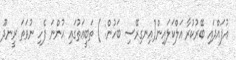
އުފައްދައި ބޭރުކުރާ އަލްކަލައިން(އިނގިރޭސި ބަހުން: ) ތަބީޢަތުގައި ހުންނަ ފެހި ނުވަތަ ރީނދޫ